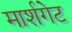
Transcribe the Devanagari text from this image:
मार्शगेट